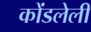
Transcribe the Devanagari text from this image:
कोंडलेली